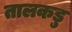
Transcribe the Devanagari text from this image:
तालकडु